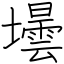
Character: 壜